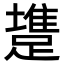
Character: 𨄟